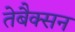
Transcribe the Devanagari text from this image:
तेबैक्सन